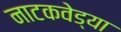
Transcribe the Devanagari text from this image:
नाटकवेड्या